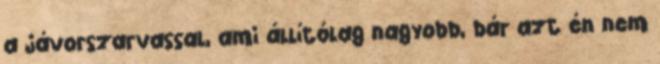
a jávorszarvassal, ami állítólag nagyobb, bár azt én nem